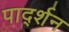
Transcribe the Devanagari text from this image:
पार्द्शन